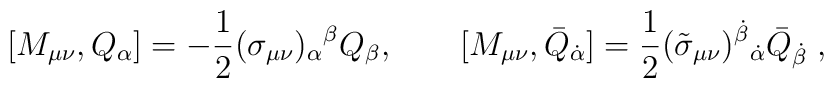
\big[M_{\mu\nu},Q_\alpha\big] = -{1\over 2}(\sigma_{\mu\nu})_\alpha{}^\beta Q_\beta, \qquad \big[M_{\mu\nu},\bar Q_{\dot\alpha}\big] = {1\over 2}(\tilde\sigma_{\mu\nu})^{\dot\beta}{}_{\dot\alpha} \bar Q_{\dot\beta}\;,